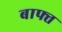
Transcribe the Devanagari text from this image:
बाफ्त